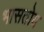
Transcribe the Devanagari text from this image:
भासतोय